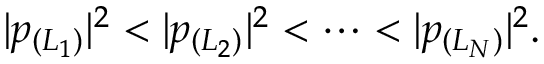
| p _ { ( L _ { 1 } ) } | ^ { 2 } < | p _ { ( L _ { 2 } ) } | ^ { 2 } < \cdots < | p _ { ( L _ { N } ) } | ^ { 2 } .